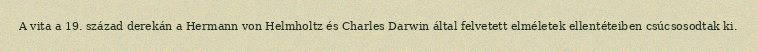
A vita a 19. század derekán a Hermann von Helmholtz és Charles Darwin által felvetett elméletek ellentéteiben csúcsosodtak ki.